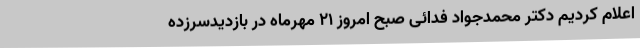
اعلام کردیم دکتر محمدجواد فدائی صبح امروز 21 مهرماه در بازدیدسرزده